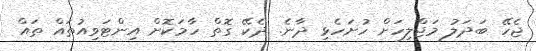
ޖެހޭ ބަދަލު މަޖްލިހަށް ހުށަހެޅި ދާނެ. ދެކޭ ގޮތް ހާމަކޮށް އިންޓަވިއުތައް ތައް